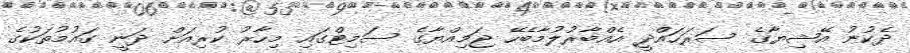
ދެކުނު އޭޝިޔާގެ ސަރަހައްދީ އެއްބާރުލުމާބެހޭ ޖަމިއްޔާގެ ސަމިޓްގައި މިހާރު ކުރިއަށް ދަނީ ގައުމުތަކުގެ